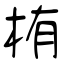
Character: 栯